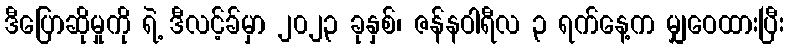
ဒီပြောဆိုမှုကို ရဲ့ ဒီလင့်ခ်မှာ ၂၀၂၃ ခုနှစ်၊ ဇန်နဝါရီလ ၃ ရက်နေ့က မျှဝေထားပြီး